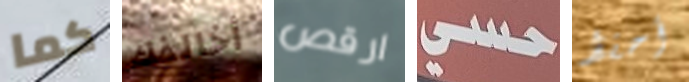
كما أخالفك ارقص حسي أحفظ